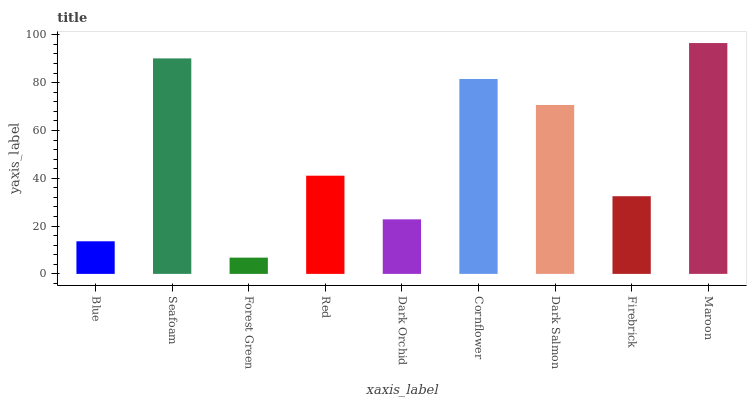
| xaxis_label | bars |
 | --- | --- |
 | Blue | 13.6 |
 | Seafoam | 90.2 |
 | Forest Green | 6.81 |
 | Red | 41.1 |
 | Dark Orchid | 22.8 |
 | Cornflower | 81.5 |
 | Dark Salmon | 70.7 |
 | Firebrick | 32.5 |
 | Maroon | 96.6 |